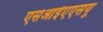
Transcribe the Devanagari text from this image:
एसआईएएसयू